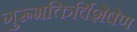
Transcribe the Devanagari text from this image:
गुरूभक्तिर्विशेषेण